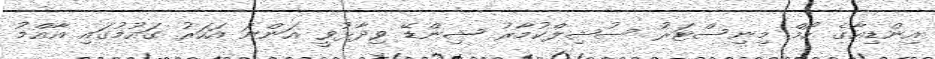
އިންޑިއާގެ ހޯމް މިނިސްޓަރު ސުޝިލްކުމާރު ޝިންޑޭ ވިދާޅުވީ އަންނަ އަހަރު ގައުމުގައި އާއްމު